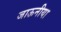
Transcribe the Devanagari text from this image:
जाऊनीया